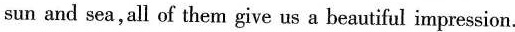
sun and sea,all of them give us a beautiful impression.